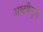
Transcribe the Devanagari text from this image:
अष्टपैलुत्व